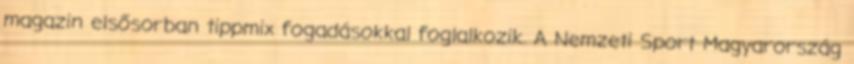
magazin elsősorban tippmix fogadásokkal foglalkozik. A Nemzeti Sport Magyarország